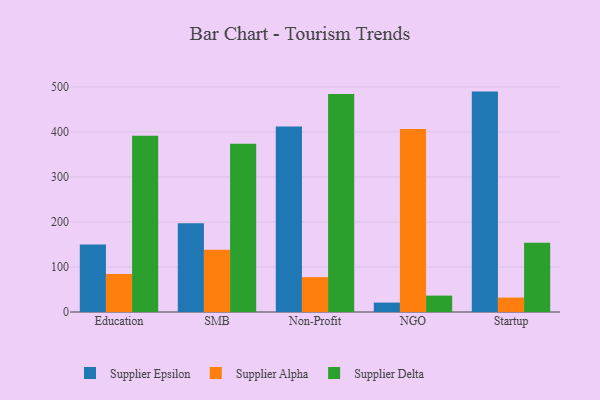
{"axis": {"x": "Segment", "y": "Page Views"}, "legend": ["Supplier Alpha", "Supplier Delta", "Supplier Epsilon"], "data": [{"x": "Education", "y": 150.1, "type": "Supplier Epsilon"}, {"x": "Education", "y": 84.3, "type": "Supplier Alpha"}, {"x": "Education", "y": 391.7, "type": "Supplier Delta"}, {"x": "SMB", "y": 197.3, "type": "Supplier Epsilon"}, {"x": "SMB", "y": 138.1, "type": "Supplier Alpha"}, {"x": "SMB", "y": 373.6, "type": "Supplier Delta"}, {"x": "Non-Profit", "y": 412.2, "type": "Supplier Epsilon"}, {"x": "Non-Profit", "y": 77.4, "type": "Supplier Alpha"}, {"x": "Non-Profit", "y": 484.1, "type": "Supplier Delta"}, {"x": "NGO", "y": 20.9, "type": "Supplier Epsilon"}, {"x": "NGO", "y": 406.6, "type": "Supplier Alpha"}, {"x": "NGO", "y": 36.4, "type": "Supplier Delta"}, {"x": "Startup", "y": 489.5, "type": "Supplier Epsilon"}, {"x": "Startup", "y": 32.0, "type": "Supplier Alpha"}, {"x": "Startup", "y": 154.0, "type": "Supplier Delta"}]}